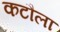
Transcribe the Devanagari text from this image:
कटौला